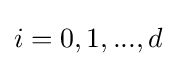
i=0,1,...,d